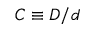
C \equiv D / d